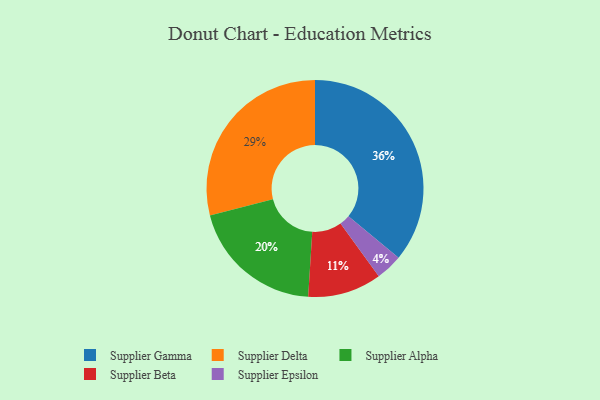
{"axis": {"x": "Category", "y": "Percentage"}, "legend": ["Supplier Alpha", "Supplier Beta", "Supplier Delta", "Supplier Epsilon", "Supplier Gamma"], "data": [{"x": "Supplier Beta", "y": 11, "type": "Supplier Beta"}, {"x": "Supplier Alpha", "y": 20, "type": "Supplier Alpha"}, {"x": "Supplier Epsilon", "y": 4, "type": "Supplier Epsilon"}, {"x": "Supplier Delta", "y": 29, "type": "Supplier Delta"}, {"x": "Supplier Gamma", "y": 36, "type": "Supplier Gamma"}]}